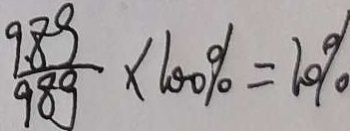
\frac { 9 . 8 g } { 9 8 g } \times 1 0 0 \% = 1 0 \%